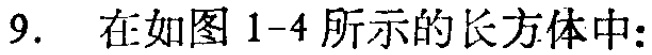
9. 在如图 1-4 所示的长方体中: